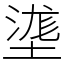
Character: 㙙